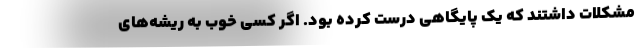
مشکلات داشتند که یک پایگاهی درست کرده بود. اگر کسی خوب به ریشه‌های